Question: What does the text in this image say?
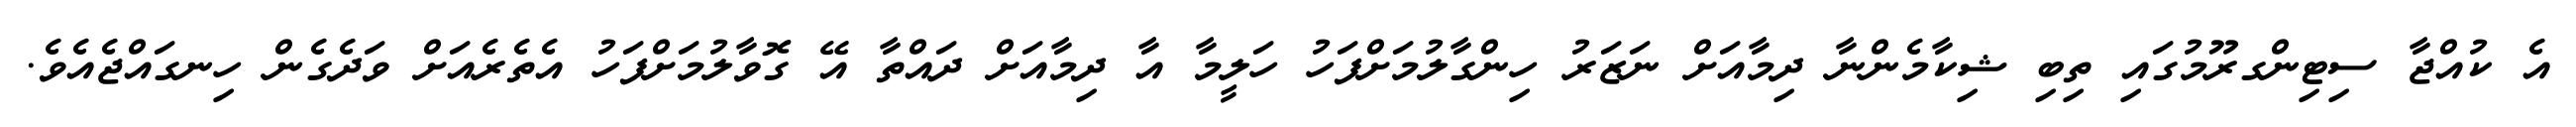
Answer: އެ ކުއްޖާ ސިޓިންގރޫމުގައި ތިބި ޝިކާމެންނާ ދިމާއަށް ނަޒަރު ހިންގާލުމަށްފަހު ހަލީމާ އާ ދިމާއަށް ދައްތާ އޭ ގޮވާލުމަށްފަހު އެތެރެއަށް ވަދެގެން ހިނގައްޖެއެވެ.